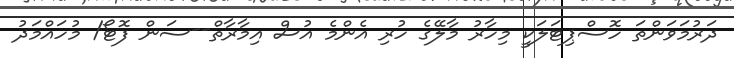
ދަރުމަވަންތަ ހޮސްޕިޓަލަކީ މިހާރު މާލޭގެ ހުރި އެންމެ އުސް އިމާރާތް--ސަން ފޮޓޯ/ މުހައްމަދު